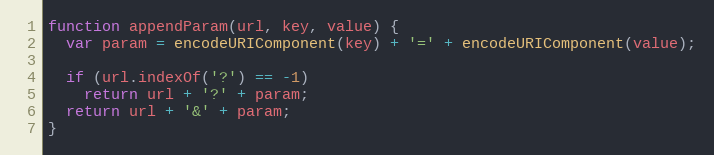
Language: JavaScript
function appendParam(url, key, value) {
  var param = encodeURIComponent(key) + '=' + encodeURIComponent(value);

  if (url.indexOf('?') == -1)
    return url + '?' + param;
  return url + '&' + param;
}